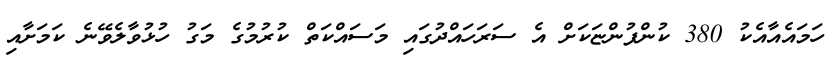
ހަމައެއާއެކު 380 ކުންފުންޏަކަށް އެ ސަރަހައްދުގައި މަސައްކަތް ކުރުމުގެ މަގު ހުޅުވާލެވޭނެ ކަމަށާއި